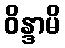
ဝိန္ဒာမိ